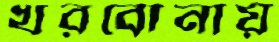
খরবোনায়